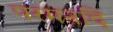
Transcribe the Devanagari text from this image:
परमनदि